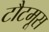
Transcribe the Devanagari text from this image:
टौटमूस